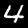
Digit: 4